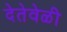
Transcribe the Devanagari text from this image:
देतेवेळी